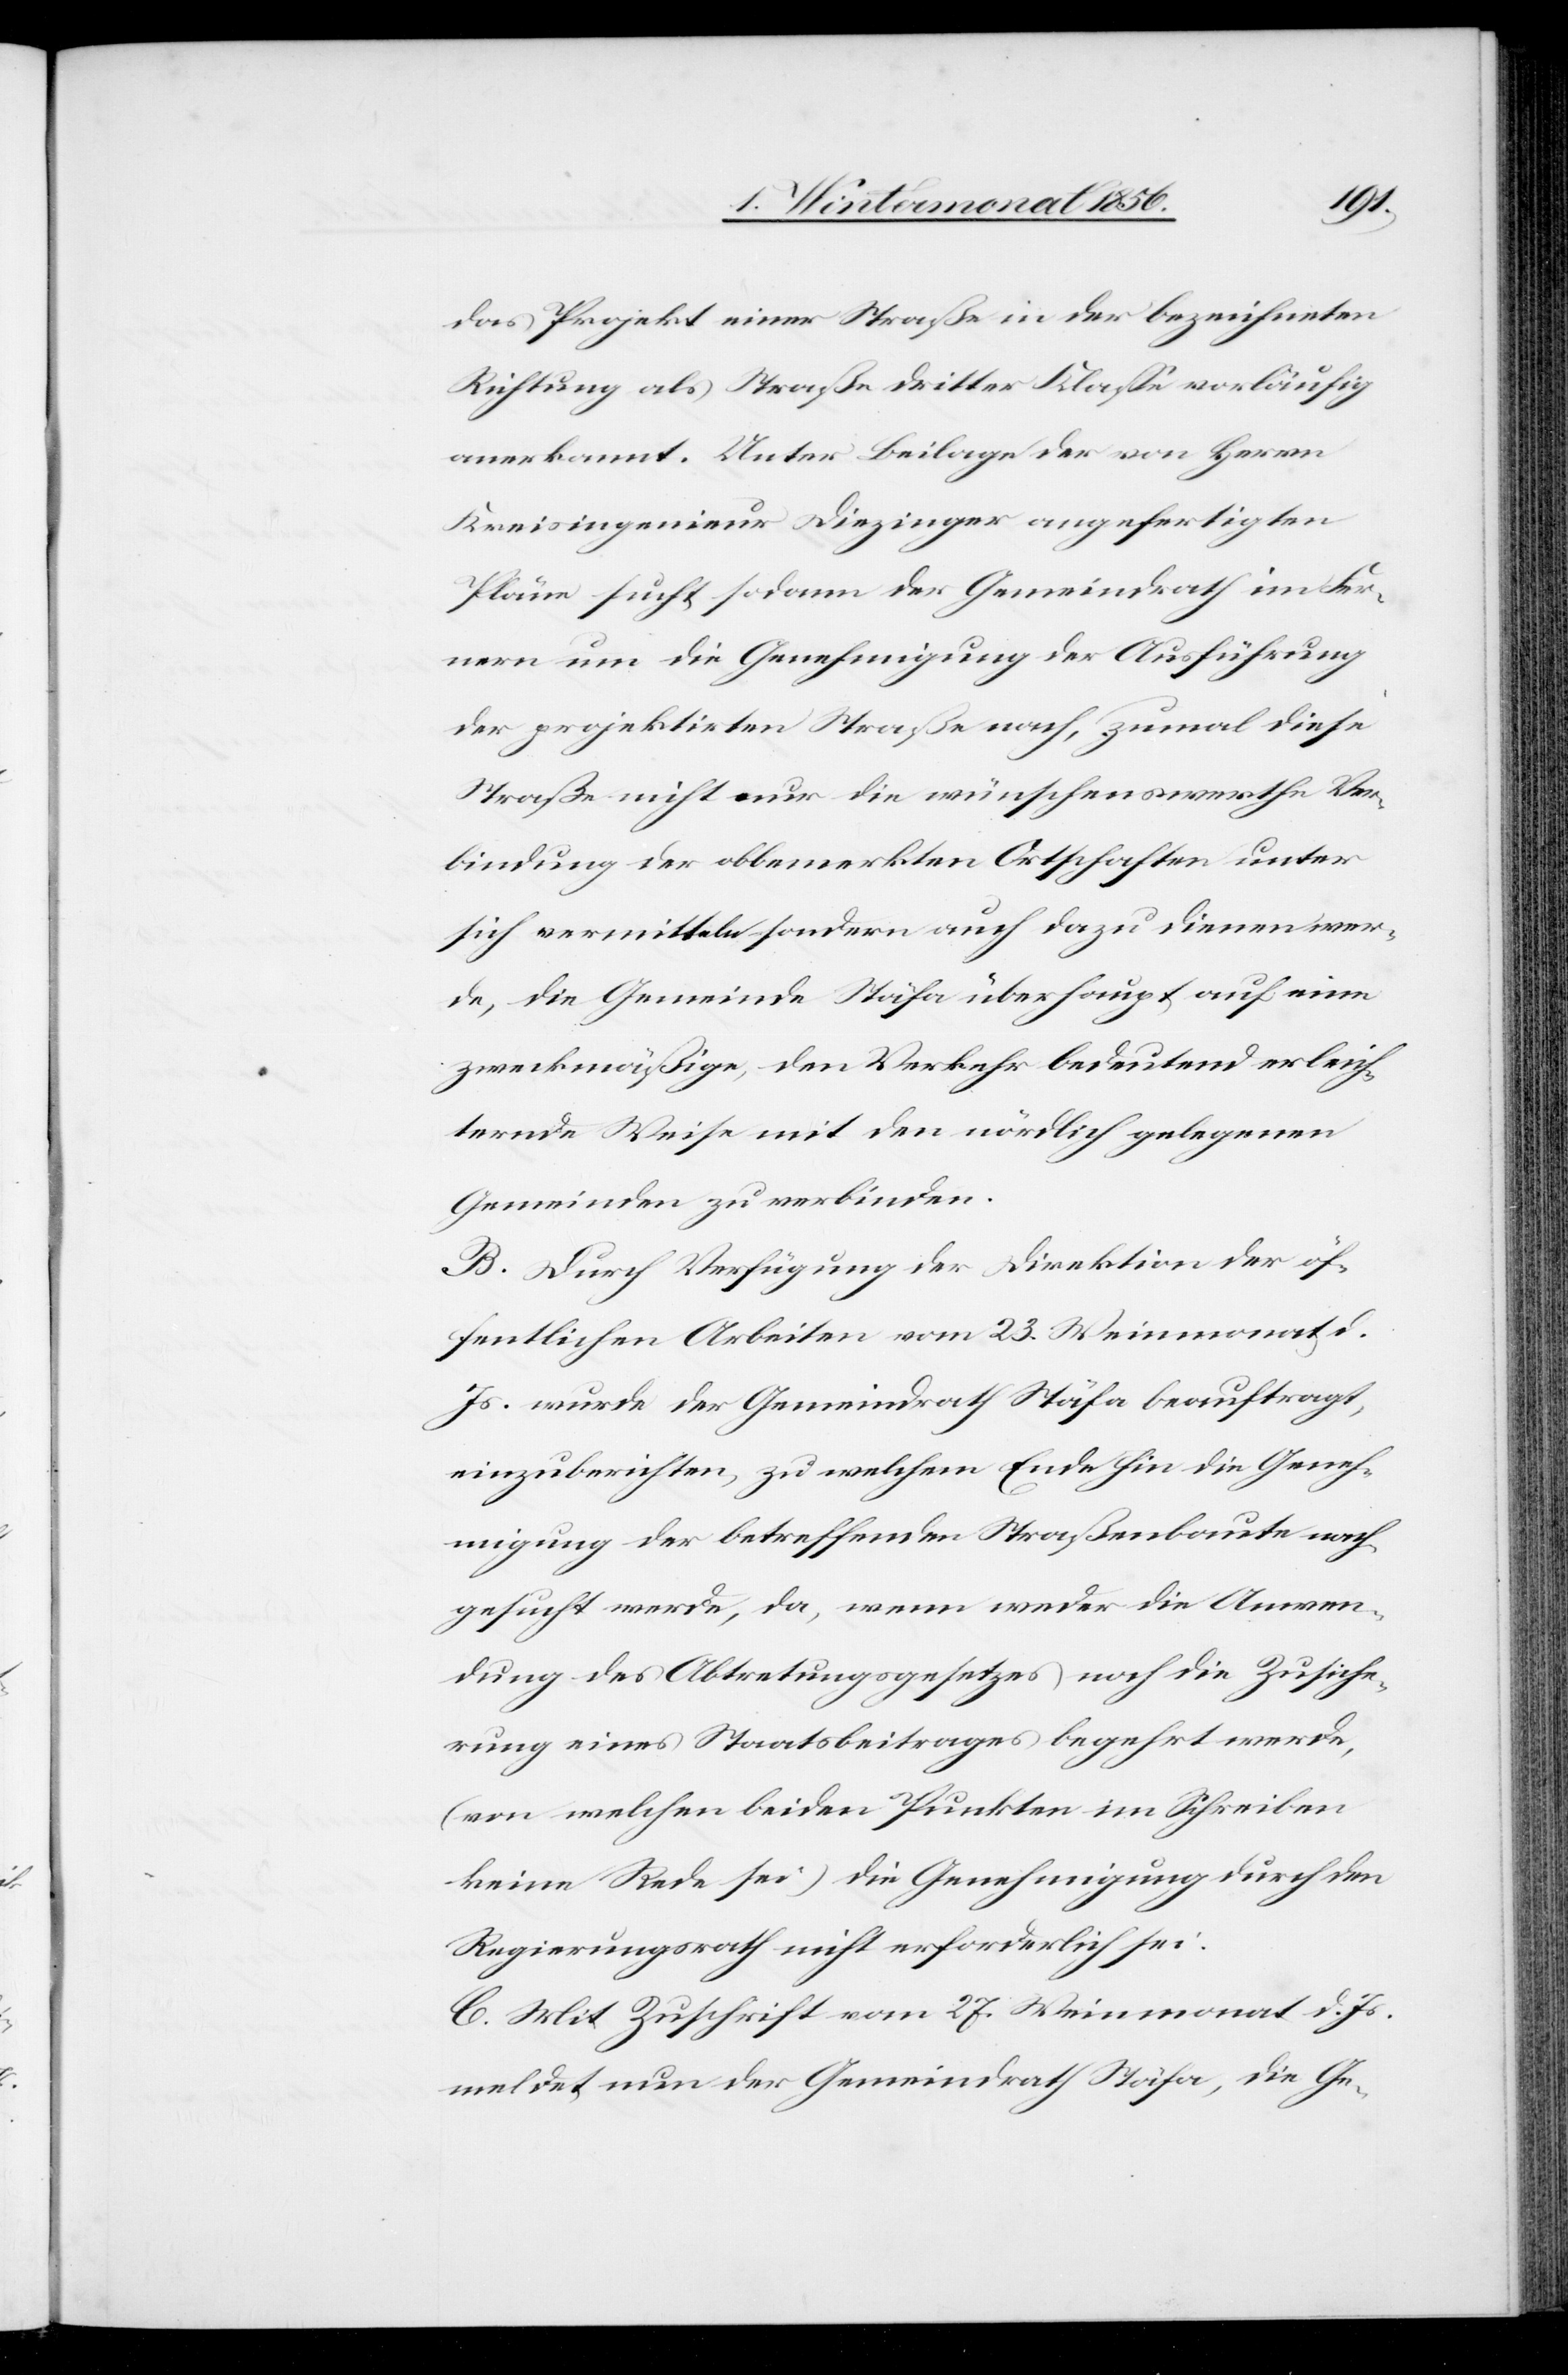
das Projekt einer Straße in der bezeichneten
Richtung als Straße dritter Klasse vorläufig
anerkannt. Unter Beilage der von Herrn
Kreisingenieur Diezinger angefertigten
Pläne sucht sodann der Gemeindrath im Fer¬
nern um die Genehmigung der Ausführung
der projektirten Straße nach, zumal diese
Straße nicht nur die wünschenswerthe Ver¬
bindung der obbemerkten Ortschaften unter
sich vermitteln sondern auch dazu dienen wer¬
de, die Gemeinde Stäfa überhaupt auf eine
zweckmäßige, den Verkehr bedeutend erleich¬
ternde Weise mit den nördlich gelegenen
Gemeinden zu verbinden.
B. Durch Verfügung der Direktion der öf¬
fentlichen Arbeiten vom 23. Weinmonat
Js. wurde der Gemeindrath Stäfa beauftragt,
einzuberichten, zu welchem Ende hin die Geneh¬
migung der betreffenden Straßenbaute nach¬
gesucht werde, da, wenn weder die Anwen¬
dung des Abtretungsgesetzes noch die Zusiche¬
rung eines Staatsbeitrages begehrt werde,
(von welchen beiden Punkten im Schreiben
keine Rede sei) die Genehmigung durch den
Regierungsrath nicht erforderlich sei.
C. Mit Zuschrift vom 27. Weinmonat d. Js.
meldet nun der Gemeindrath Stäfa, die Ge-